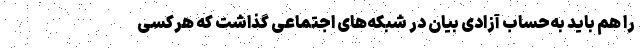
را هم باید به‌حساب آزادی بیان در شبکه‌های اجتماعی گذاشت که هرکسی